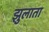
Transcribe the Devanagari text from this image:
झुलाता